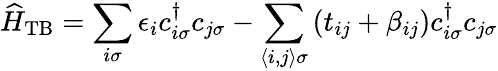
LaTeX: \widehat{H}_{\mathrm{TB}}=\sum_{i\sigma}\epsilon_{i}c_{i\sigma}^{\dagger}c_{j\sigma}-\sum_{\left\langle i,j\right\rangle\sigma}\left(t_{ij}+\beta_{ij}\right)c_{i\sigma}^{\dagger}c_{j\sigma}